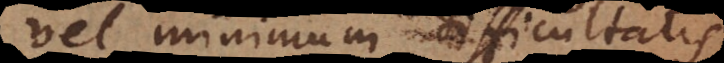
vel minimum difficultati